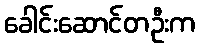
ခေါင်းဆောင်တဦးက